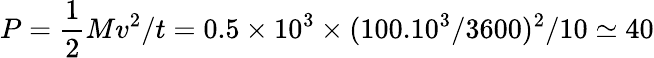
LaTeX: P=\frac{1}{2}Mv^{2}/t=0.5\times 10^{3}\times(100.10^{3}/3600)^{2}/10\simeq 40